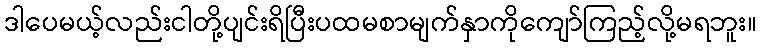
ဒါပေမယ့်လည်းငါတို့ပျင်းရိပြီးပထမစာမျက်နှာကိုကျော်ကြည့်လို့မရဘူး။